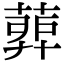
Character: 𦹉